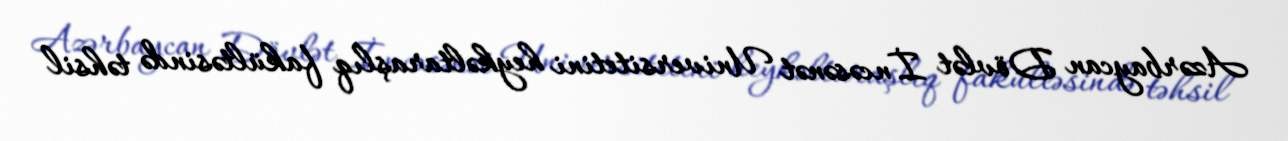
Azərbaycan Dövlət İncəsənət Universitetini heykəltaraşlıq fakültəsində təhsil